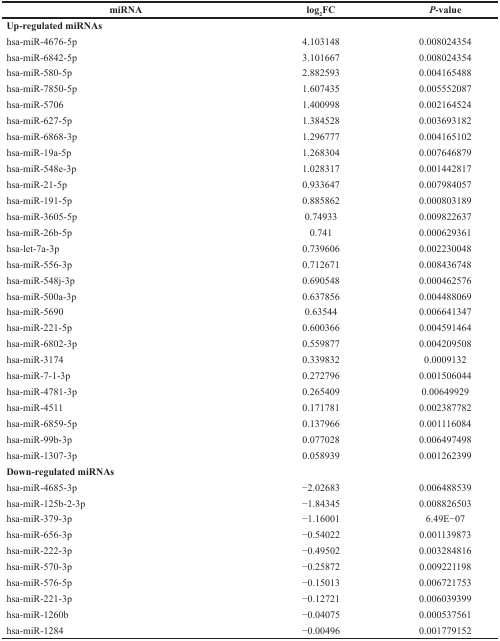
<table><thead><tr><td><b>miRNA</b></td><td><b>log<sub>2</sub>FC</b></td><td><b><i>P</i>-value</b></td></tr></thead><tbody><tr><td colspan="3"><b>Up-regulated miRNAs</b></td></tr><tr><td>hsa-miR-4676-5p</td><td>4.103148</td><td>0.008024354</td></tr><tr><td>hsa-miR-6842-5p</td><td>3.101667</td><td>0.008024354</td></tr><tr><td>hsa-miR-580-5p</td><td>2.882593</td><td>0.004165488</td></tr><tr><td>hsa-miR-7850-5p</td><td>1.607435</td><td>0.005552087</td></tr><tr><td>hsa-miR-5706</td><td>1.400998</td><td>0.002164524</td></tr><tr><td>hsa-miR-627-5p</td><td>1.384528</td><td>0.003693182</td></tr><tr><td>hsa-miR-6868-3p</td><td>1.296777</td><td>0.004165102</td></tr><tr><td>hsa-miR-19a-5p</td><td>1.268304</td><td>0.007646879</td></tr><tr><td>hsa-miR-548e-3p</td><td>1.028317</td><td>0.001442817</td></tr><tr><td>hsa-miR-21-5p</td><td>0.933647</td><td>0.007984057</td></tr><tr><td>hsa-miR-191-5p</td><td>0.885862</td><td>0.000803189</td></tr><tr><td>hsa-miR-3605-5p</td><td>0.74933</td><td>0.009822637</td></tr><tr><td>hsa-miR-26b-5p</td><td>0.741</td><td>0.000629361</td></tr><tr><td>hsa-let-7a-3p</td><td>0.739606</td><td>0.002230048</td></tr><tr><td>hsa-miR-556-3p</td><td>0.712671</td><td>0.008436748</td></tr><tr><td>hsa-miR-548j-3p</td><td>0.690548</td><td>0.000462576</td></tr><tr><td>hsa-miR-500a-3p</td><td>0.637856</td><td>0.004488069</td></tr><tr><td>hsa-miR-5690</td><td>0.63544</td><td>0.006641347</td></tr><tr><td>hsa-miR-221-5p</td><td>0.600366</td><td>0.004591464</td></tr><tr><td>hsa-miR-6802-3p</td><td>0.559877</td><td>0.004209508</td></tr><tr><td>hsa-miR-3174</td><td>0.339832</td><td>0.0009132</td></tr><tr><td>hsa-miR-7-1-3p</td><td>0.272796</td><td>0.001506044</td></tr><tr><td>hsa-miR-4781-3p</td><td>0.265409</td><td>0.00649929</td></tr><tr><td>hsa-miR-4511</td><td>0.171781</td><td>0.002387782</td></tr><tr><td>hsa-miR-6859-5p</td><td>0.137966</td><td>0.001116084</td></tr><tr><td>hsa-miR-99b-3p</td><td>0.077028</td><td>0.006497498</td></tr><tr><td>hsa-miR-1307-3p</td><td>0.058939</td><td>0.001262399</td></tr><tr><td colspan="3"><b>Down-regulated miRNAs</b></td></tr><tr><td>hsa-miR-4685-3p</td><td>−2.02683</td><td>0.006488539</td></tr><tr><td>hsa-miR-125b-2-3p</td><td>−1.84345</td><td>0.008826503</td></tr><tr><td>hsa-miR-379-3p</td><td>−1.16001</td><td>6.49E−07</td></tr><tr><td>hsa-miR-656-3p</td><td>−0.54022</td><td>0.001139873</td></tr><tr><td>hsa-miR-222-3p</td><td>−0.49502</td><td>0.003284816</td></tr><tr><td>hsa-miR-570-3p</td><td>−0.25872</td><td>0.009221198</td></tr><tr><td>hsa-miR-576-5p</td><td>−0.15013</td><td>0.006721753</td></tr><tr><td>hsa-miR-221-3p</td><td>−0.12721</td><td>0.006039399</td></tr><tr><td>hsa-miR-1260b</td><td>−0.04075</td><td>0.000537561</td></tr><tr><td>hsa-miR-1284</td><td>−0.00496</td><td>0.001779152</td></tr></tbody></table>